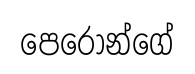
පෙරොන්ගේ